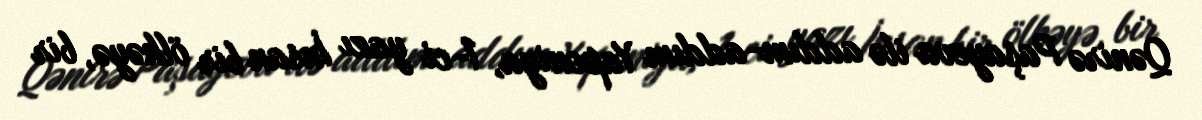
Qənirə Paşayeva ilə addım-addım Yaponiya, 1-ci yazı İnsan bir ölkəyə, bir